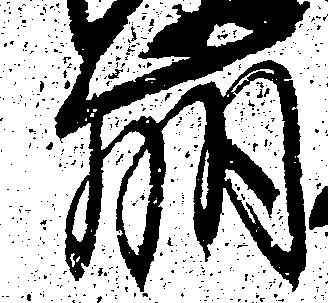
崩